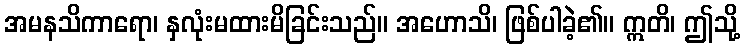
အမနသိကာရော၊ နှလုံးမထားမိခြင်းသည်။ အဟောသိ၊ ဖြစ်ပါခဲ့၏။ ဣတိ၊ ဤသို့